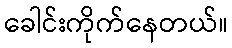
ခေါင်းကိုက်နေတယ်။